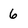
Character: 6